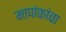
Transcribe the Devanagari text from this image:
मापांकांचा